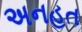
અનહત